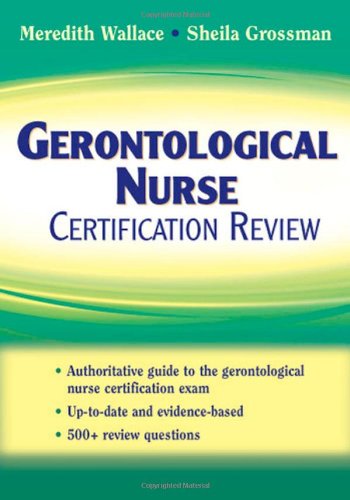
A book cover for Gerontological Nurse Certification Review; Meredith Wallace PhD  APRN-BC; Medical Books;